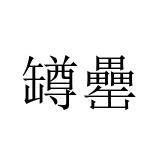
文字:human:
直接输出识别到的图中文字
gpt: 罇罍